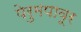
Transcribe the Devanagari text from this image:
पेरुमपावूर